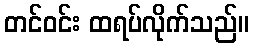
တင်ဝင်း ထရပ်လိုက်သည်။